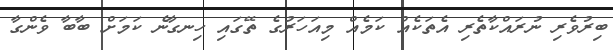
ބިރުވެރި ނުރައްކާތެރި އެތަކެއް ކަމެއް މިއަހަރުގެ ތޭގައި ހިނގާނެ ކަމަށް ބާބާ ވެންގާ